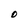
Character: O